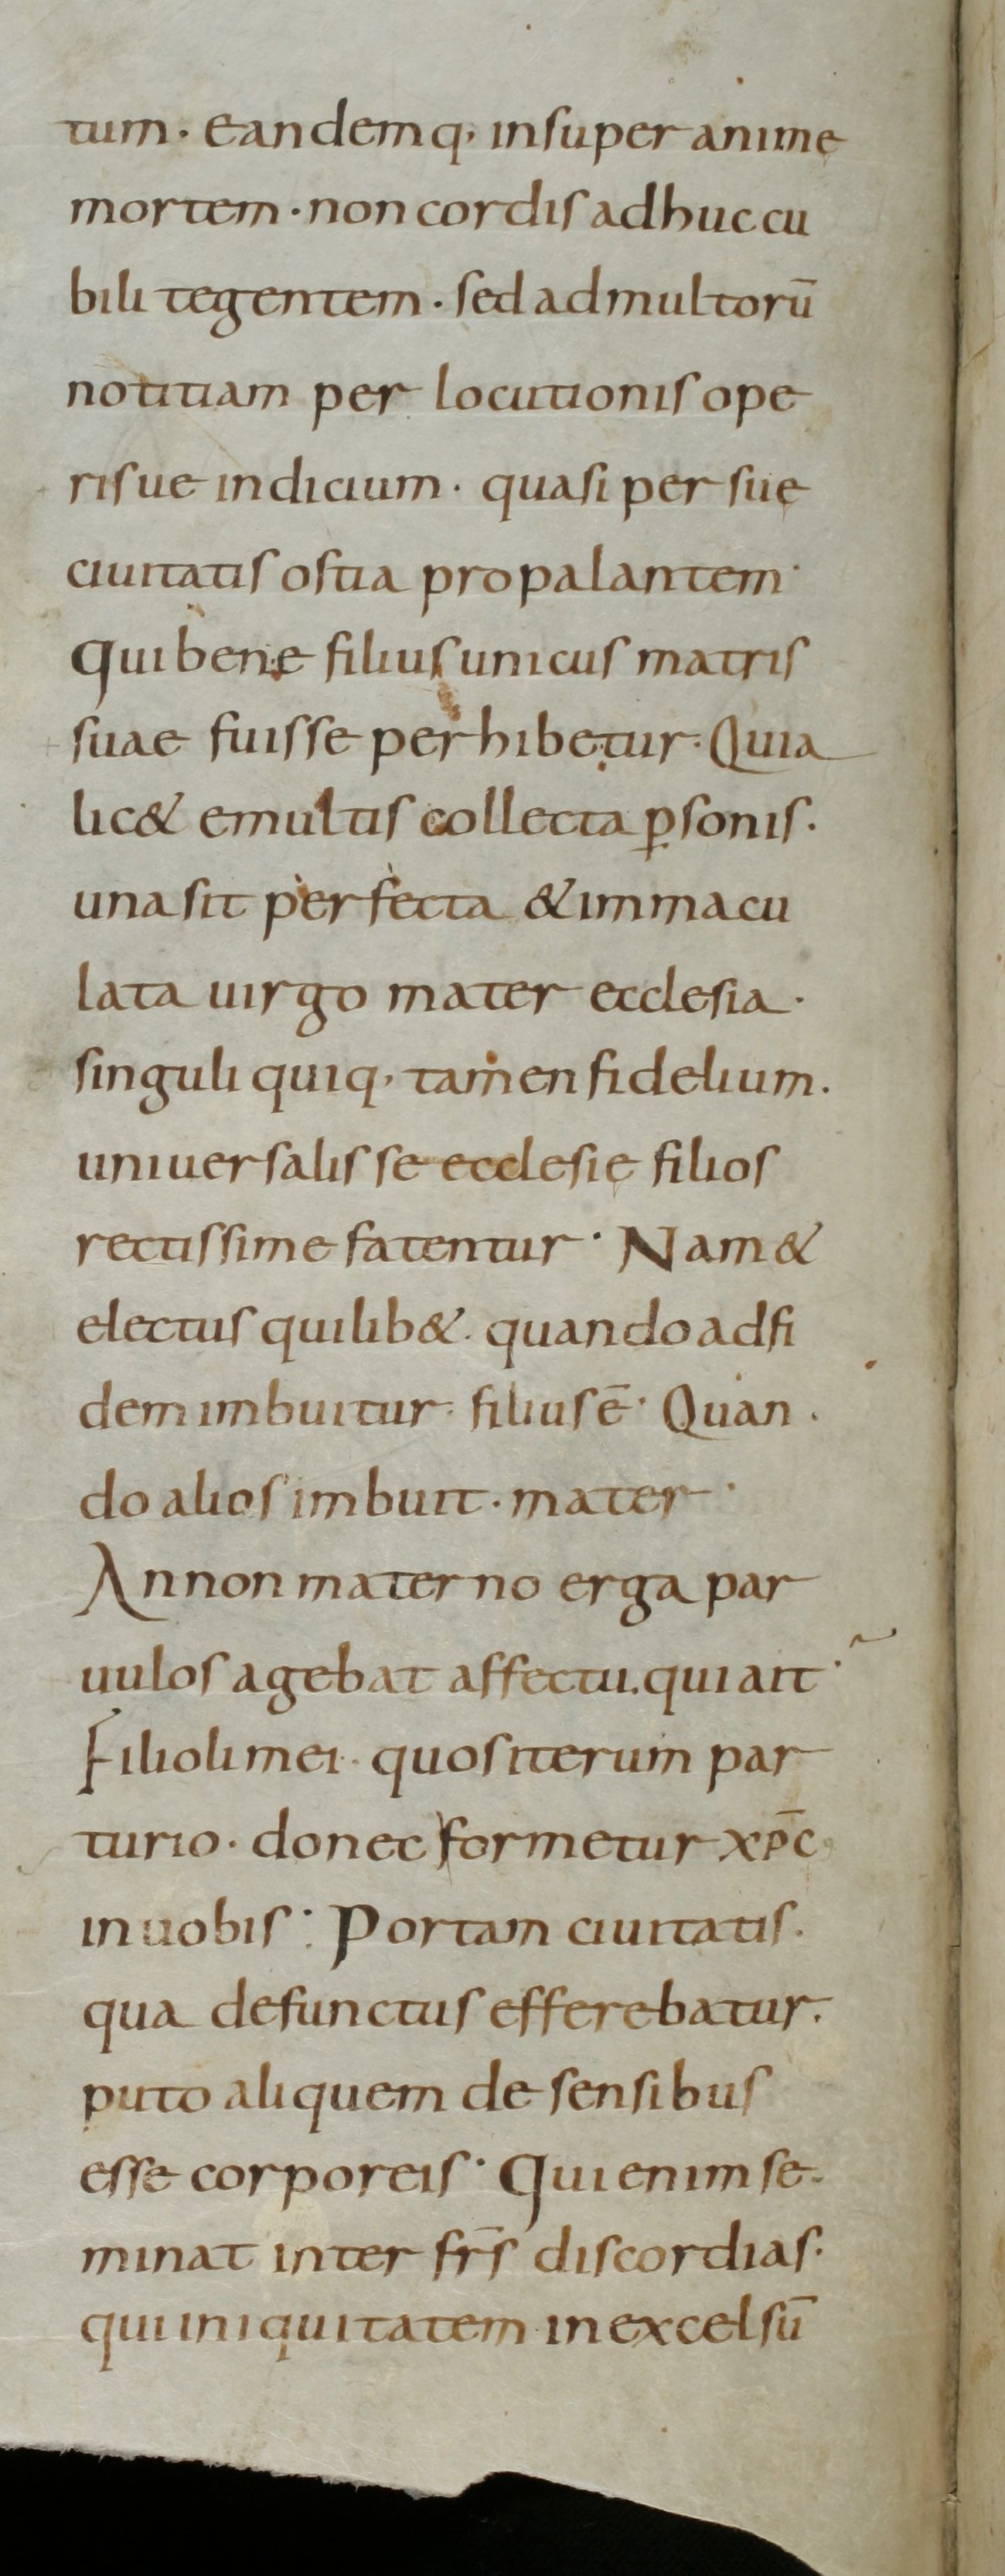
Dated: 800–899